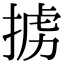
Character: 掳